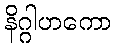
နိဂ္ဂါဟကော